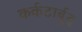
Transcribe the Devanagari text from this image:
कर्कटार्बुद